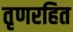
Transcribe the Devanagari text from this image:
तृणरहित